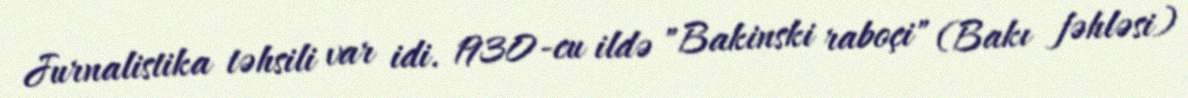
Jurnalistika təhsili var idi. 1930-cu ildə "Bakinski raboçi" (Bakı fəhləsi)